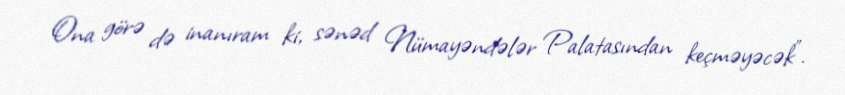
Ona görə də inanıram ki, sənəd Nümayəndələr Palatasından keçməyəcək”.